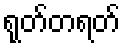
ရုတ်တရတ်